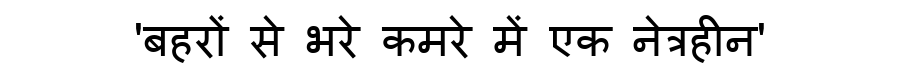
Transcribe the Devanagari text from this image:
'बहरों से भरे कमरे में एक नेत्रहीन'